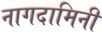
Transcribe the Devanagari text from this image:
नागदामिनी